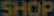
SHOP